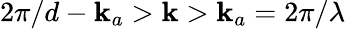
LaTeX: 2\pi/d-\mathbf{k}_{a}>\mathbf{k}>\mathbf{k}_{a}=2\pi/\lambda